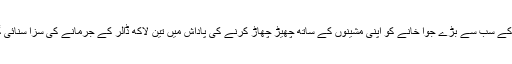
آسٹریلیا کے سب سے بڑے جوا خانے کو اپنی مشینوں کے ساتھ چھیڑ چھاڑ کرنے کی پاداش میں تین لاکھ ڈالر کے جرمانے کی سزا سنائی گئی ہے۔